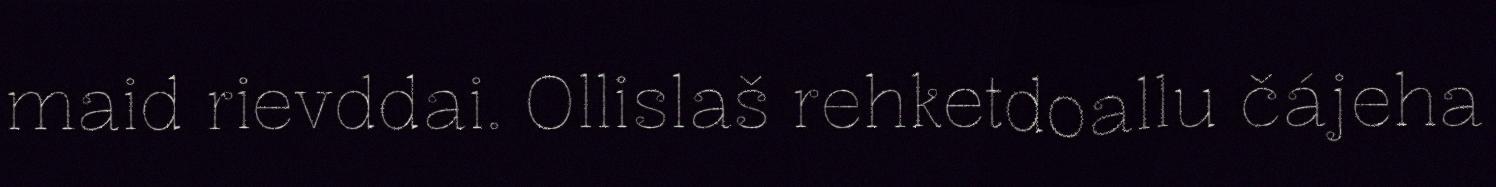
maid rievddai. Ollislaš rehketdoallu čájeha